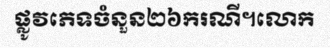
ផ្លូវភេទចំនួន២៦ករណី។លោក